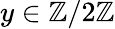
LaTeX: y\in\mathbb{Z}/2\mathbb{Z}